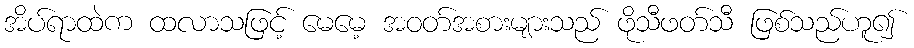
အိပ်ရာထဲက ထလာသဖြင့် မေမေ့ အဝတ်အစားများသည် ဖိုသီဖတ်သီ ဖြစ်သည်ဟူ၍